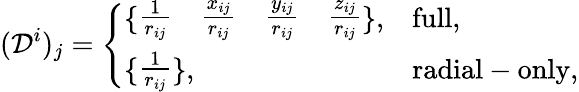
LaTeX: (\mathcal{D}^{i})_{j}=\left\{ \begin{array}{ll}{\{ \begin{array}{cccc}{\frac{1}{r_{ij}}}&{\frac{x_{ij}}{r_{ij}}}&{\frac{y_{ij}}{r_{ij}}}&{\frac{z_{ij}}{r_{ij}}}\end{array}\} ,}&{\mathrm{full},}\\ {\{ \begin{array}{c}{\frac{1}{r_{ij}}}\end{array}\} ,}&{\mathrm{radial-only},}\end{array}\right.